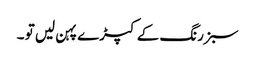
سبز رنگ کے کپڑے پہن لیں تو ۔